Report on the working of the Ranchi Indian Mental Hospital, Kanke, in Bihar and Orissa - 1930-1940
Year: 1930
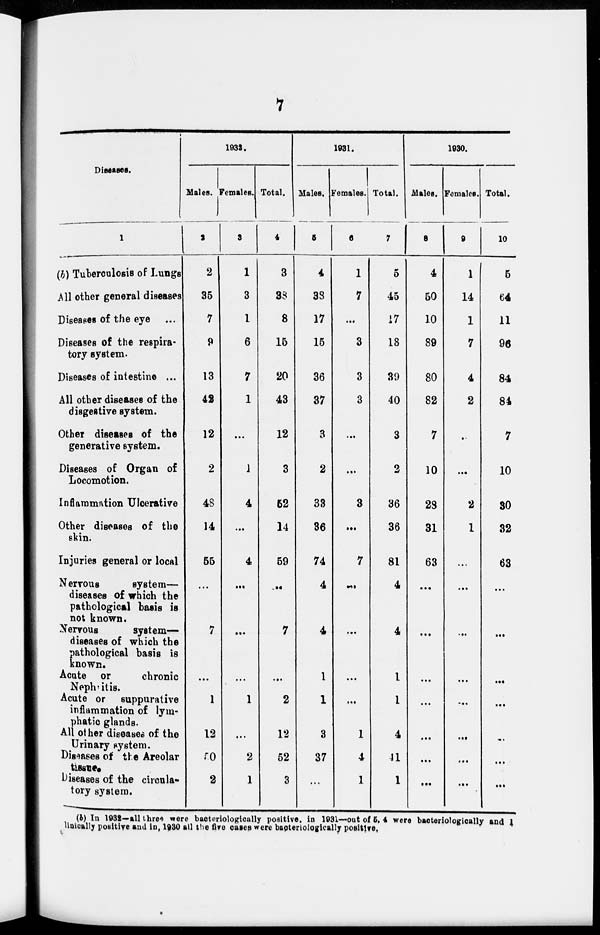
7
Diseases.
1
(b) Tuberculosis of Lungs
All other general diseases
Diseases of the eye ...
Diseases of the respira-
tory system.
Diseases of intestine ...
All other diseases of the
disgestive system.
Other diseases of the
generative system.
Diseases of Organ of
Locomotion.
Inflammation Ulcerative
Other diseases of the
skin.
Injuries general or local
Nervous
system—
diseases of which the
pathological basis is
not known.
Nevrous
system—
diseases of which the
pathological basis is
known.
Acute or
chronic
Nephritis.
Acute or suppurative
inflammation of lym-
phatic glands.
All other diseases of the
Urinary system.
Diseases of the Areolar
tissue.
Diseases of the circula-
tory system.
1932.
Males.
2
2
35
7
9
13
42
12
2
48
14
55
...
7
...
1
12
50
2
Females.
3
1
3
1
6
7
1
...
1
4
...
4
...
...
...
1
...
2
1
Total.
4
3
38
8
15
20
43
12
3
52
14
59
...
7
...
2
12
52
3
1931.
Males.
5
4
38
17
15
36
37
3
2
33
36
74
4
4
1
1
3
37
...
Females.
6
1
7
...
3
3
3
...
...
3
...
7
...
...
...
...
1
4
1
Total.
7
5
45
17
18
39
40
3
2
36
36
81
4
4
1
1
4
41
1
1930.
Males.
8
4
50
10
89
80
82
7
10
28
31
63
...
...
...
...
...
...
...
Females.
9
1
14
1
7
4
2
...
...
2
1
...
...
...
...
...
...
...
...
Total.
10
5
64
11
96
84
84
7
10
30
32
63
...
...
...
...
...
...
...
(b) In 1932—all three were bacteriologically positive, in 1931—out of 5, 4 were bacteriologically and 1
linically positive and in, 1930 all the five cases were bacteriologically positive.